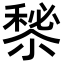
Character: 𥡁